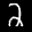
Label: 2